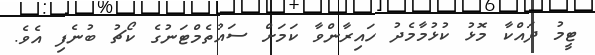
ޓީމު ދައްކާ މޮޅު ކުޅުމާމެދު ހައިރާންވާ ކަމަށް ސައުތެމްޓަނުގެ ކޯޗު ބުނެފި އެވެ.